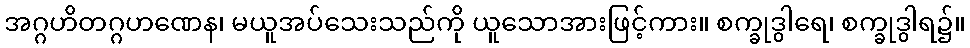
အဂ္ဂဟိတဂ္ဂဟဏေန၊ မယူအပ်သေးသည်ကို ယူသောအားဖြင့်ကား။ စက္ခုဒွါရေ၊ စက္ခုဒွါရ၌။